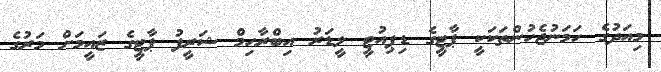
މިއަދުގެ ހަމަނުޖެހުންތަކަކީ ޕާޓީގެ ޑިޕިއުޓީ ލީޑަރު އިބްރާހިމް ޝަރީފު ޕާޓީގެ ޒައީމަށް މަރުގެ